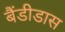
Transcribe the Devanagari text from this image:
बैंडीडास